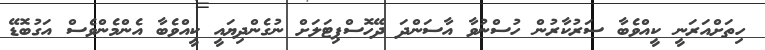
ހިތަށްއަރަނީ ކީއްވެބާ ސަރުކާރުން ހުސްނުވާ އާސަންދަ ދޭހޮސްޕިޓަލަށް ނުގެންދިޔައީ ކީއްވެބާ އެންމެންވެސް އަގުބޮޑޭ